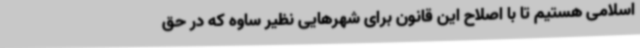
اسلامی هستیم تا با اصلاح این قانون برای شهرهایی نظیر ساوه که در حق